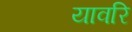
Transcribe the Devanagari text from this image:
यावरि